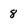
Character: 8